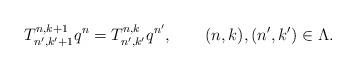
LaTeX: \begin{align*}T^{n,k+1}_{n',k'+1}q^n=T^{n,k}_{n',k'}q^{n'},\qquad(n,k),(n',k')\in\Lambda.\end{align*}